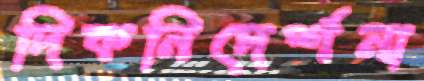
দিকনিদের্শনা